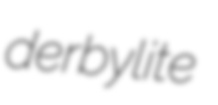
derbylite